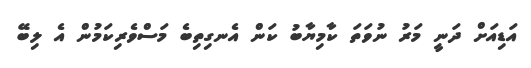
އަޑިއަށް ދަނީ މަރު ނުވަތަ ކާމިޔާބު ކަން އެނގިތިބެ މަސްވެރިކަމުން އެ ލިބޭ